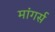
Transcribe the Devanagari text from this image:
मांगर्स